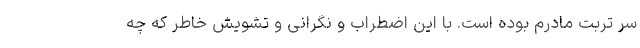
سر تربت مادرم بوده است. با این اضطراب و نگرانی و تشویش خاطر که چه